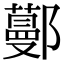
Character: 𨞼